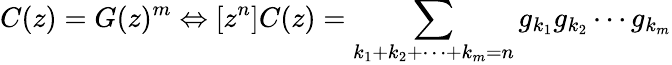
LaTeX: C(z)=G(z)^{m}\Leftrightarrow[z^{n}]C(z)=\sum_{k_{1}+k_{2}+\cdots+k_{m}=n}g_{k_{1}}g_{k_{2}}\cdots g_{k_{m}}